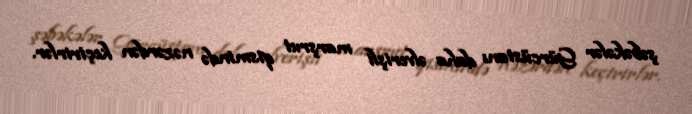
şəbəkələr Gürcüstanı daha əlverişli marşrut qismində nəzərdən keçirirlər.